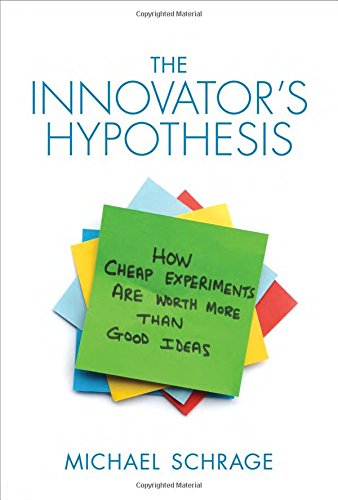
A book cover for The Innovator's Hypothesis: How Cheap Experiments Are Worth More than Good Ideas; Michael Schrage; Health, Fitness & Dieting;